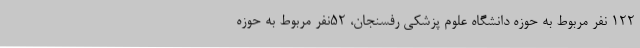
122 نفر مربوط به حوزه دانشگاه علوم پزشکی رفسنجان، 52نفر مربوط به حوزه